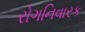
રોગનિવારક